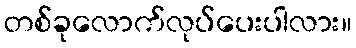
တစ်ခုလောက်လုပ်ပေးပါလား။